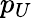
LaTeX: p_{U}